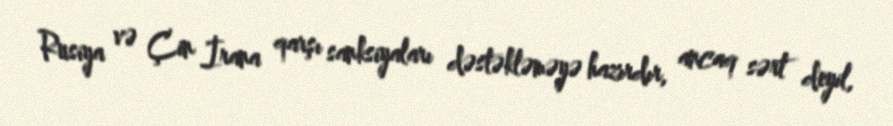
Rusiya və Çin İrana qarşı sanksiyaları dəstəkləməyə hazırdır, ancaq sərt deyil,